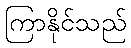
ကြာနိုင်သည်